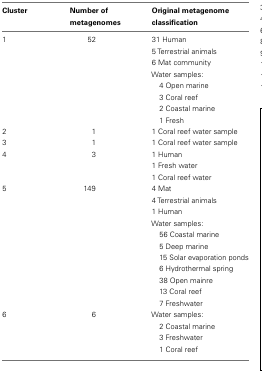
<table><thead><tr><td><b>Cluster</b></td><td><b>Number of metagenomes</b></td><td><b>Original metagenome classification</b></td></tr></thead><tbody><tr><td>1</td><td>52</td><td>31 Human</td></tr><tr><td></td><td></td><td>5 Terrestrial animals</td></tr><tr><td></td><td></td><td>6 Mat community</td></tr><tr><td></td><td></td><td>Water samples:</td></tr><tr><td></td><td></td><td> 4 Open marine</td></tr><tr><td></td><td></td><td> 3 Coral reef</td></tr><tr><td></td><td></td><td> 2 Coastal marine</td></tr><tr><td></td><td></td><td> 1 Fresh</td></tr><tr><td>2</td><td>1</td><td>1 Coral reef water sample</td></tr><tr><td>3</td><td>1</td><td>1 Coral reef water sample</td></tr><tr><td>4</td><td>3</td><td>1 Human</td></tr><tr><td></td><td></td><td>1 Fresh water</td></tr><tr><td></td><td></td><td>1 Coral reef water</td></tr><tr><td>5</td><td>149</td><td>4 Mat</td></tr><tr><td></td><td></td><td>4 Terrestrial animals</td></tr><tr><td></td><td></td><td>1 Human</td></tr><tr><td></td><td></td><td>Water samples:</td></tr><tr><td></td><td></td><td> 56 Coastal marine</td></tr><tr><td></td><td></td><td> 5 Deep marine</td></tr><tr><td></td><td></td><td> 15 Solar evaporation ponds</td></tr><tr><td></td><td></td><td> 6 Hydrothermal spring</td></tr><tr><td></td><td></td><td> 38 Open mainre</td></tr><tr><td></td><td></td><td> 13 Coral reef</td></tr><tr><td></td><td></td><td> 7 Freshwater</td></tr><tr><td>6</td><td>6</td><td>Water samples:</td></tr><tr><td></td><td></td><td> 2 Coastal marine</td></tr><tr><td></td><td></td><td> 3 Freshwater</td></tr><tr><td></td><td></td><td> 1 Coral reef</td></tr></tbody></table>